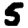
Digit: 5